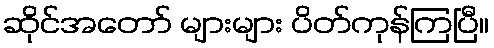
ဆိုင်အတော် များများ ပိတ်ကုန်ကြပြီ။